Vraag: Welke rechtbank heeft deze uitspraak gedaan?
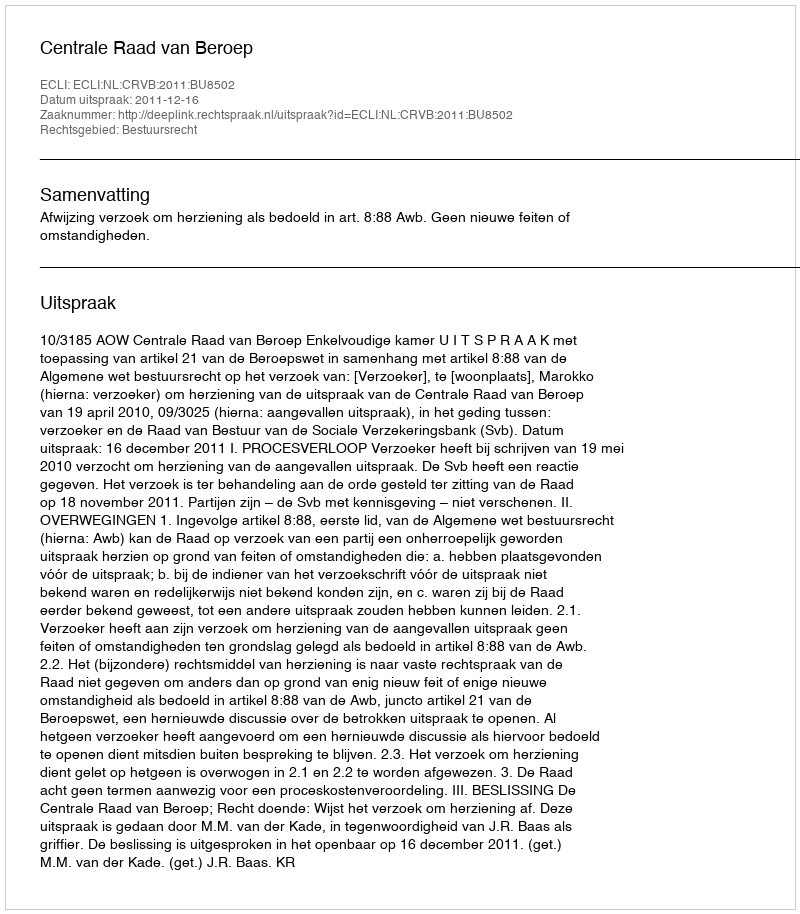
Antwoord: Centrale Raad van Beroep